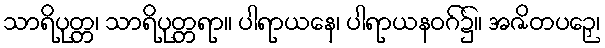
သာရိပုတ္တ၊ သာရိပုတ္တရာ။ ပါရာယနေ၊ ပါရာယနဝဂ်၌။ အဇိတပဉှေ၊